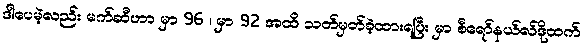
ဒါပေမဲ့လည်း မက်ဆီဟာ မှာ 96 ၊ မှာ 92 အထိ သတ်မှတ်ခဲ့ထားရပြီး မှာ စီရော်နယ်လ်ဒိုထက်